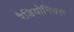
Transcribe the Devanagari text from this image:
रैडियोनिक्स